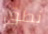
نطق